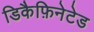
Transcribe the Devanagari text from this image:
डिकैफ़िनेटेड